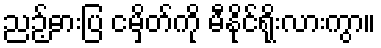
ညဉ့်ဓားပြ ငမှိတ်ကို မီနိုင်ရိုးလားကွာ။